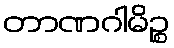
တာဏဂါမိဉ္စ